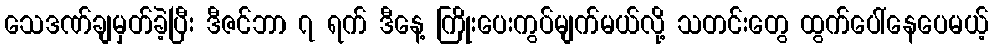
သေဒဏ်ချမှတ်ခဲ့ပြီး ဒီဇင်ဘာ ၇ ရက် ဒီနေ့ ကြိုးပေးကွပ်မျက်မယ်လို့ သတင်းတွေ ထွက်ပေါ်နေပေမယ့်